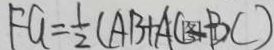
F G = \frac { 1 } { 2 } ( A B + A C - B C )